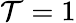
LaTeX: \mathcal{T}=1